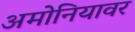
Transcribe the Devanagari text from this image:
अमोनियावर